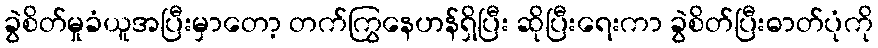
ခွဲစိတ်မှုခံယူအပြီးမှာတော့ တက်ကြွနေဟန်ရှိပြီး ဆိုပြီးရေးကာ ခွဲစိတ်ပြီးဓာတ်ပုံကို